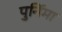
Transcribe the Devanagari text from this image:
पुर्निमा